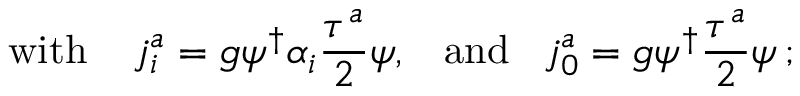
\mathrm { w i t h } \; \; \; \; j _ { i } ^ { a } = g \psi ^ { \dagger } { \alpha } _ { i } \frac { { \tau } ^ { a } } { 2 } \psi , \; \; \; \mathrm { a n d } \; \; \; j _ { 0 } ^ { a } = g \psi ^ { \dagger } \frac { { \tau } ^ { a } } { 2 } \psi \, ;